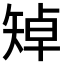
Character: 𥏥